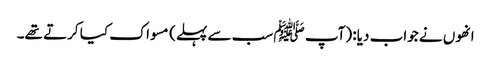
انھوں نے جواب دیا: (آپ ﷺ سب سے پہلے) مسواک کیا کرتے تھے۔